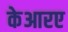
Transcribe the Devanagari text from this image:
केआरए